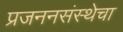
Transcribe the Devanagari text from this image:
प्रजननसंस्थेचा